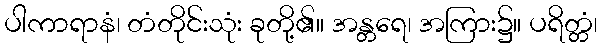
ပါကာရာနံ၊ တံတိုင်းသုံး ခုတို့၏။ အန္တရေ၊ အကြား၌။ ပရိတ္တံ၊